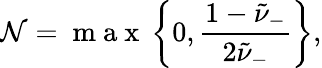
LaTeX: \mathcal{N}=\mathrm{~m~a~x~}\left\{ 0,\frac{1-\tilde{\nu}_{-}}{2\tilde{\nu}_{-}}\right\} ,